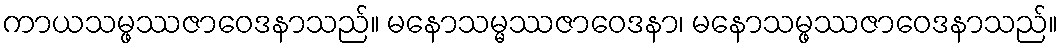
ကာယသမ္ဖဿဇာဝေဒနာသည်။ မနောသမ္မဿဇာဝေဒနာ၊ မနောသမ္ဖဿဇာဝေဒနာသည်။